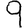
Digit: 9